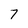
Character: 7